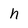
Character: h